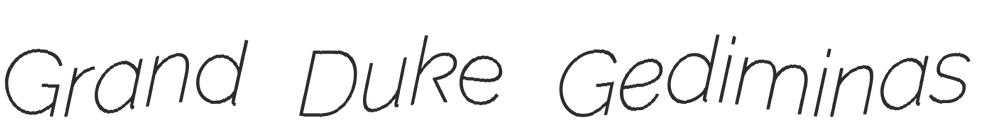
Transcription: Grand Duke Gediminas